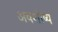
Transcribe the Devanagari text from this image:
अवशोष्य